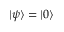
| \psi \rangle = | 0 \rangle